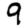
Digit: 9